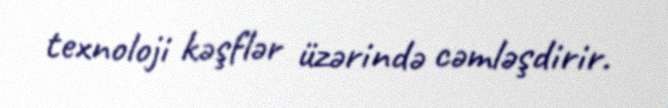
texnoloji kəşflər üzərində cəmləşdirir.